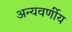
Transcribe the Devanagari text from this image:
अन्यवर्णीय